Annual administration and progress report of the Indian Medical Department, Bombay
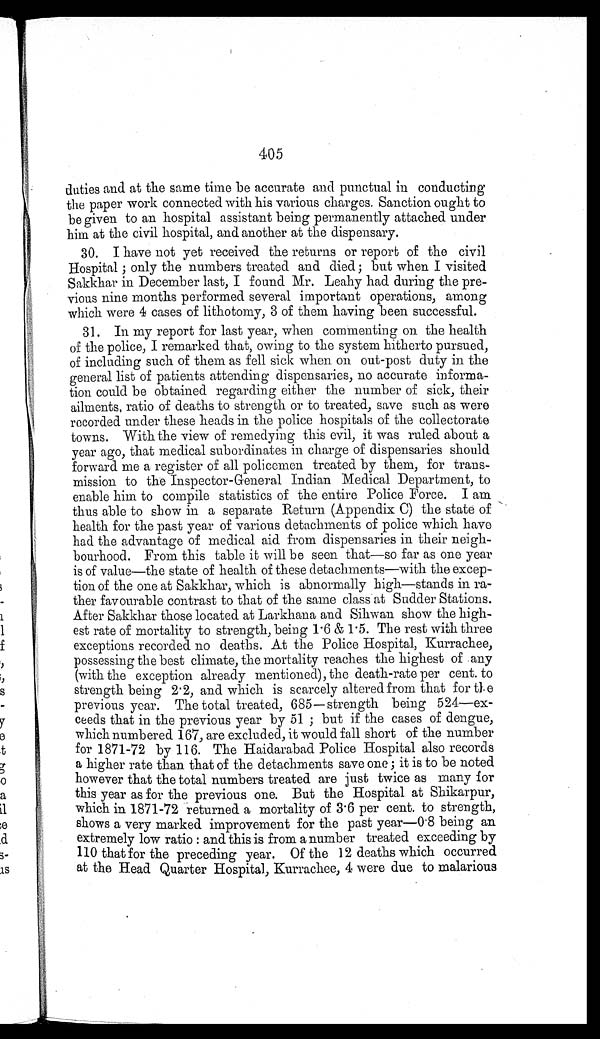
405
duties and at the same time be accurate and punctual in conducting
the paper work connected with his various charges. Sanction ought to
be given to an hospital assistant being permanently attached under
him at the civil hospital, and another at the dispensary.
30. I have not yet received the returns or report of the civil
Hospital; only the numbers treated and died; but when I visited
Sakkhar in December last, I found Mr. Leahy had during the pre
-vious nine months performed several important operations, among
which were 4 cases of lithotomy, 3 of them having been successful.
31. In my report for last year, when commenting on the health
of the police, I remarked that, owing to the system hitherto pursued,
of including such of them as fell sick when on out-post duty in the
general list of patients attending dispensaries, no accurate informa
-tion could be obtained regarding either the number of sick, their
ailments, ratio of deaths to strength or to treated, save such as were
recorded under these heads in the police hospitals of the collectorate
towns. With the view of remedying this evil, it was ruled about a
year ago, that medical subordinates in charge of dispensaries should
forward me a register of all policemen treated by them, for trans
-mission to the Inspector-General Indian Medical Department, to
enable him to compile statistics of the entire Police Force. I am
thus able to show in a separate Return (Appendix C) the state of
health for the past year of various detachments of police which have
had the advantage of medical aid from dispensaries in their neigh
-bourhood. From this table it will be seen that—so far as one year
is of value—the state of health of these detachments—with the excep
-tion of the one at Sakkhar, which is abnormally high—stands in ra
-ther favourable contrast to that of the same class at Sudder Stations.
After Sakkhar those located at Larkhana and Sihwan show the high
-est rate of mortality to strength, being 1.6 & 1.5. The rest with three
exceptions recorded no deaths. At the Police Hospital, Kurrachee,
possessing the best climate, the mortality reaches the highest of any
(with the exception already mentioned), the death-rate per cent. to
strength being 2.2, and which is scarcely altered from that for the
previous year. The total treated, 685—strength being 524—ex
-ceeds that in the previous year by 51; but if the cases of dengue,
which numbered 167, are excluded, it would fall short of the number
for 1871-2 by 116. The Haidarabad Police Hospital also records
a higher rate than that of the detachments save one; it is to be noted
however that the total numbers treated are just twice as many for
this year as for the previous one. But the Hospital at Shikarpur,
which in 1871-72 returned a mortality of 3.6 per cent. to strength,
shows a very marked improvement for the past year—0.8 being an
extremely low ratio: and this is from a number treated exceeding by
110 that for the preceding year. Of the 12 deaths which occurred
at the Head Quarter Hospital, Kurrachee, 4 were due to malarious